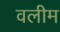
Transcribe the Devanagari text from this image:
वलीम